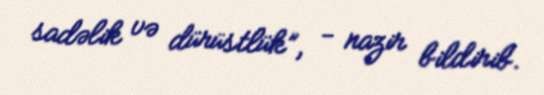
sadəlik və dürüstlük”, - nazir bildirib.